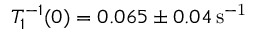
T _ { 1 } ^ { - 1 } ( 0 ) = 0 . 0 6 5 \pm 0 . 0 4 \mathrm { \, s ^ { - 1 } }